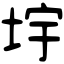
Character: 㘾